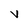
Character: V